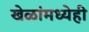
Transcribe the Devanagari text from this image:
खेळांमध्येही